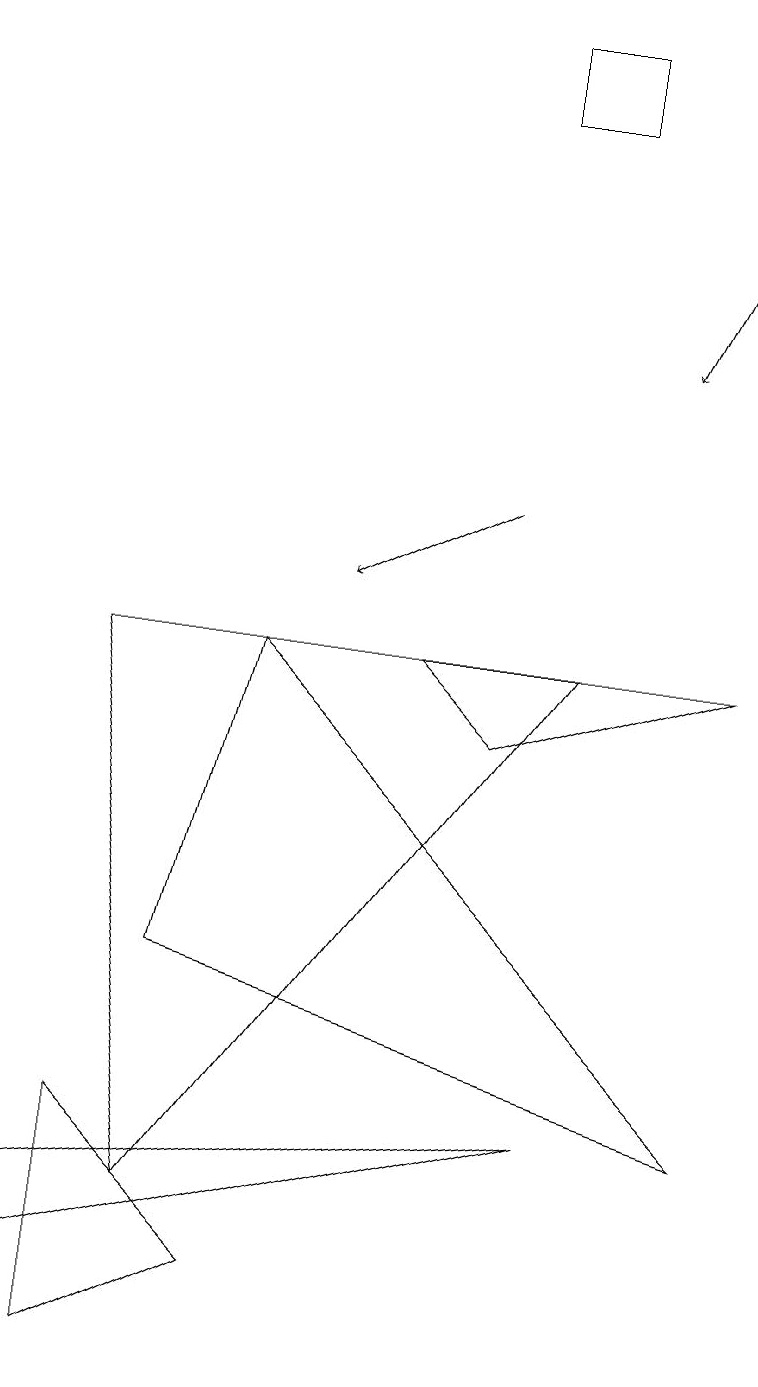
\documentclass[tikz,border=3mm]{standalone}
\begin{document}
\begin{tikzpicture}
\draw (2,5) -- (3,9) -- (9,3) -- cycle;
\draw[->] (9,15) -- (8,13);
\draw[->] (6,11) -- (4,10);
\draw (7,17) rectangle (6,16);
\draw (2,2) -- (7,9) -- (1,9) -- cycle;
\draw (5,9) -- (6,8) -- (9,9) -- cycle;
\draw (1,0) -- (3,1) -- (1,3) -- cycle;
\draw (0,1) -- (7,3) -- (0,2) -- cycle;
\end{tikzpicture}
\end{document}